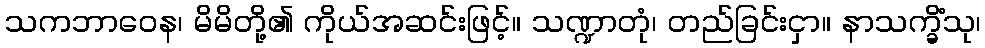
သကဘာဝေန၊ မိမိတို့၏ ကိုယ်အဆင်းဖြင့်။ သဏ္ဍာတုံ၊ တည်ခြင်းငှာ။ နာသက္ခိံသု၊